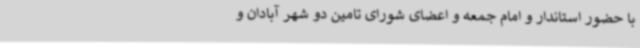
با حضور استاندار و امام جمعه و اعضای شورای تامین دو شهر آبادان و